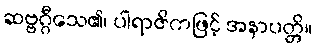
ဆဗ္ဗဂ္ဂီသေ၏၊ ပါရာဇိကဖြင့် အနာပတ္တိ။